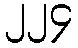
၂၂၄